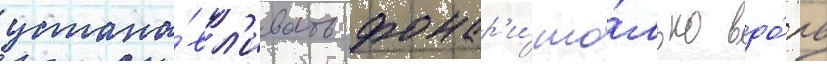
устана́вл'ивать фонар'и́ то́лько вдо́ль